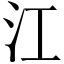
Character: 江